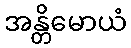
အန္တိမောယံ